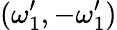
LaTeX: (\omega_{1}^{\prime},-\omega_{1}^{\prime})